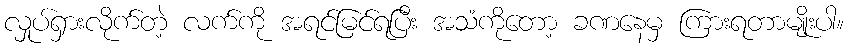
လှုပ်ရှားလိုက်တဲ့ လက်ကို အရင်မြင်ရပြီး အသံကိုတော့ ခဏနေမှ ကြားရတာမျိုးပါ။